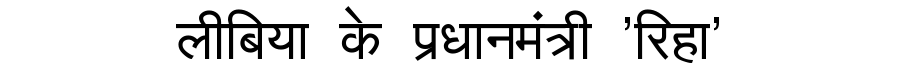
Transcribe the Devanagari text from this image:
लीबिया के प्रधानमंत्री 'रिहा'